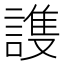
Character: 謢